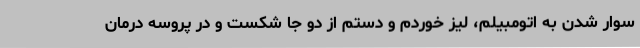
سوار شدن به اتومبیلم، لیز خوردم و دستم از دو جا شکست و در پروسه درمان